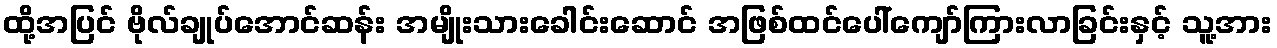
ထို့အပြင် ဗိုလ်ချုပ်အောင်ဆန်း အမျိုးသားခေါင်းဆောင် အဖြစ်ထင်ပေါ်ကျော်ကြားလာခြင်းနှင့် သူ့အား